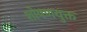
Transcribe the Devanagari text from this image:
शोषणयुक्त